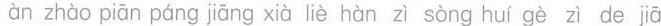
àn zhào piān páng jiāng xià liè hàn zì sòng huí gè zì de jā